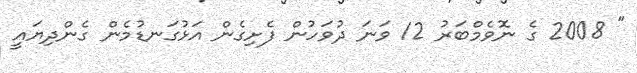
" 2008 ގެ ނޮވެމްބަރު 12 ވަނަ ދުވަހުން ފެށިގެން އަޅުގަނޑުމެން ގެންދިޔައީ